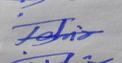
Signature authenticity: forged